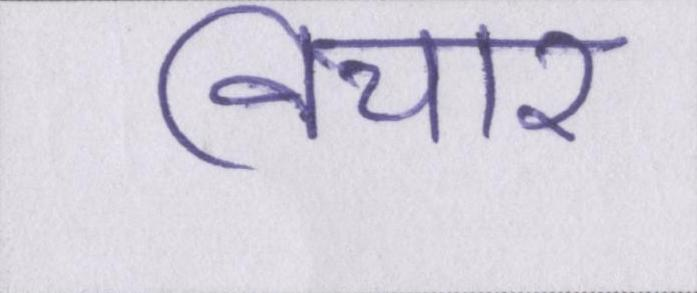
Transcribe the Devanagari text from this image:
विचार